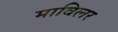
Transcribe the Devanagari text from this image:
माविलर